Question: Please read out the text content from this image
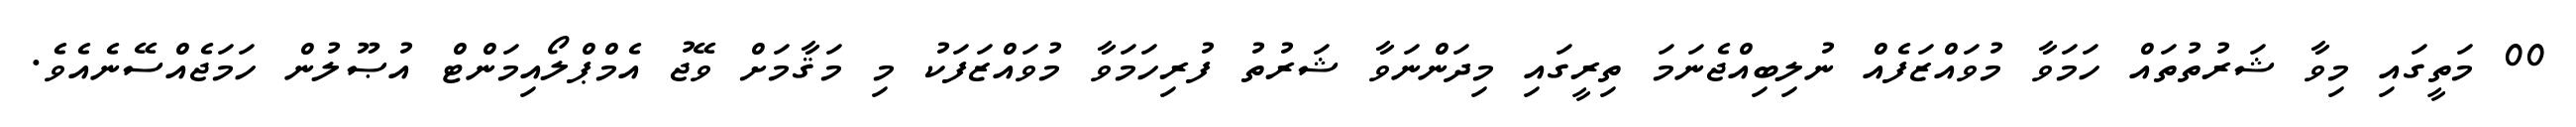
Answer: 00 މަތީގައި މިވާ ޝަރުތުތައް ހަމަވާ މުވައްޒަފެއް ނުލިބިއްޖެނަމަ ތިރީގައި މިދަންނަވާ ޝަރުތު ފުރިހަމަވާ މުވައްޒަފަކު މި މަޤާމަށް ވޭޖު އެމްޕްލޯއިމަންޓް އުޞޫލުން ހަމަޖެއްސޭނެއެވެ.